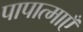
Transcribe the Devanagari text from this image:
पापात्माएँ